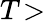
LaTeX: T\! >